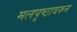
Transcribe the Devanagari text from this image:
मलपृष्ठावरुन